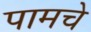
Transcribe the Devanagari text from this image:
पामचे